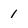
Character: 1